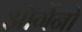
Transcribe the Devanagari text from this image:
ऑर्गेनो